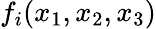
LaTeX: f_{i}(x_{1},x_{2},x_{3})